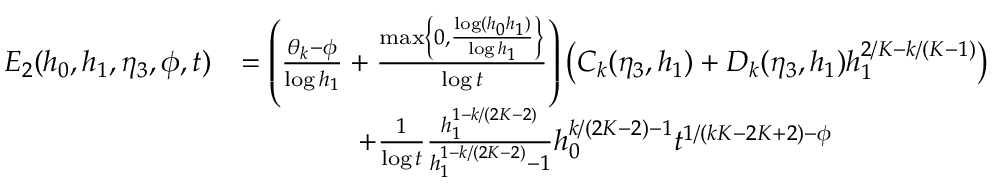
\begin{array} { r l } { E _ { 2 } ( h _ { 0 } , h _ { 1 } , \eta _ { 3 } , \phi , t ) } & { = \left( \frac { \theta _ { k } - \phi } { \log h _ { 1 } } + \frac { \operatorname* { m a x } \left\{ 0 , \frac { \log ( h _ { 0 } h _ { 1 } ) } { \log h _ { 1 } } \right\} } { \log t } \right) \left( C _ { k } ( \eta _ { 3 } , h _ { 1 } ) + D _ { k } ( \eta _ { 3 } , h _ { 1 } ) h _ { 1 } ^ { 2 / K - k / ( K - 1 ) } \right) } \\ & { \qquad \qquad + \frac { 1 } { \log t } \frac { h _ { 1 } ^ { 1 - k / ( 2 K - 2 ) } } { h _ { 1 } ^ { 1 - k / ( 2 K - 2 ) } - 1 } h _ { 0 } ^ { k / ( 2 K - 2 ) - 1 } t ^ { 1 / ( k K - 2 K + 2 ) - \phi } } \end{array}